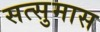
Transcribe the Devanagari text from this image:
सत्सुमास